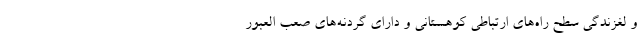
و لغزندگی سطح راه‌های ارتباطی کوهستانی و دارای گردنه‌های صعب العبور